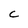
Character: C